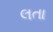
લતા